Lunatic asylums Central Provinces reports 1895-1909 - 1895-1909
Year: 1895
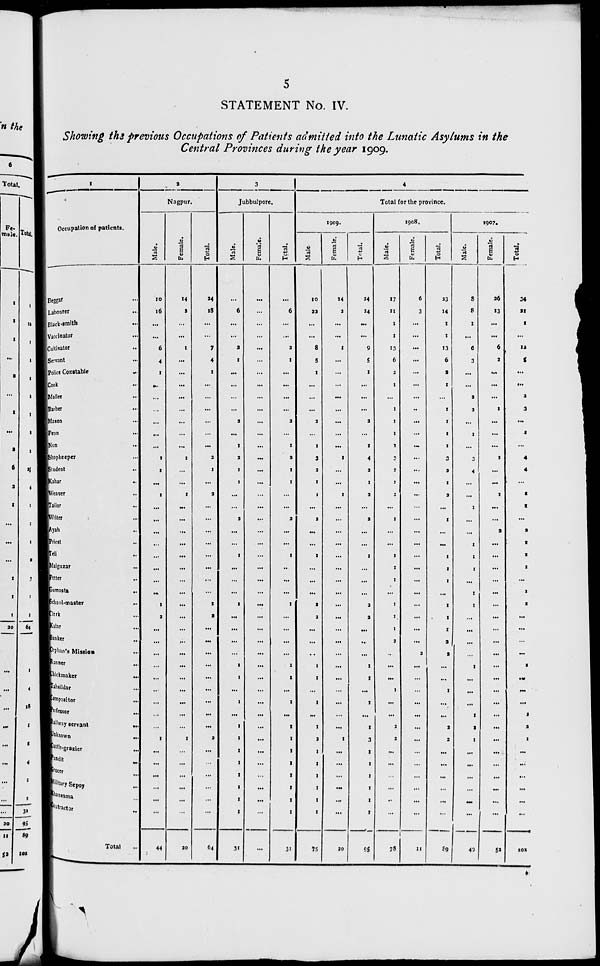
5
STATEMENT No. IV.
Showing the previous Occupations of Patients admitted into the Lunatic Asylums in the
Central Provinces during the year 1909.
1
Occupation of patients.
Beggar ...
Labourer ...
Black-smith ...
Vaccinator ...
Cultivator ...
Servant ...
police Constable
...
Cook ...
Mallee ...
Barber ...
Mason ...
Peon ...
Nun ...
Shopkeeper ...
Student ...
Kahar ...
Weaver ...
Tailor ...
Writer ...
Ayah ...
Priest ...
Teli ...
Maiguzar
...
Potter ...
Gumasta
...
School-master ...
Clerk ...
Kalar ...
Banker ...
Orphan's Mission ...
Runner ...
Chickmaker ...
Tahsildar ...
Compositor ...
Professor ...
Railway servant ...
Unknown ...
Cattle-grazier ...
Pundit
...
Grocer ...
Military Sepoy ...
Khansama ...
Contractor ...
Total ...
2
Nagpur.
Male.
10
16
...
...
6
4
1
...
...
...
...
...
...
1
1
...
1
...
...
...
...
...
...
...
...
1
2
...
...
...
...
...
...
...
...
...
1
...
...
...
...
...
...
44
Female.
14
2
...
...
1
...
...
...
...
...
...
...
...
1
...
...
1
...
...
...
...
...
...
...
...
...
...
...
...
...
...
...
...
...
...
...
1
...
...
...
...
...
...
20
Total.
24
18
...
...
7
4
1
...
...
...
...
...
...
2
1
...
2
...
...
...
...
...
...
...
...
1
2
...
...
...
...
...
...
...
...
...
2
...
...
...
...
...
...
64
3
Jubbulpore.
Male.
...
6
...
...
2
1
...
...
...
...
2
...
1
2
1
1
...
...
2
...
...
1
...
...
...
1
...
...
...
...
1
1
...
1
...
1
1
1
1
1
1
1
1
31
Female.
...
...
...
...
...
...
...
...
...
...
...
...
...
...
...
...
...
...
...
...
...
...
...
...
...
...
...
...
...
...
...
...
...
...
...
...
...
...
...
...
...
...
...
...
Total.
...
6
...
...
2
1
...
...
...
...
2
...
1
2
1
1
...
...
2
...
...
1
..
...
...
1
...
...
...
...
1
1
...
1
...
1
1
1
1
1
1
1
1
31
4
Total for the province.
1909.
Male.
10
22
...
...
8
5
1
...
...
...
2
...
1
3
2
1
1
...
2
...
...
1
...
...
...
2
2
...
...
...
1
1
...
1
...
1
2
1
1
1
1
1
1
75
Female.
14
2
...
...
1
...
...
...
...
...
...
...
...
1
...
...
1
...
...
...
...
...
...
...
...
...
...
...
...
...
...
...
...
...
...
...
1
...
...
...
...
...
...
20
Total.
24
24
...
...
9
5
1
...
...
...
2
...
1
4
2
1
2
...
2
...
...
1
...
...
...
2
2
...
...
...
1
1
...
1
...
1
3
1
1
1
1
1
1
95
1908.
Male.
17
11
1
1
13
6
2
1
...
1
1
1
1
3
2
1
2
...
1
...
...
1
1
1
...
1
1
1
2
..
...
...
1
...
...
2
2
...
...
...
...
...
...
78
Female.
6
3
...
...
...
...
...
...
...
...
...
...
...
...
...
...
...
...
...
...
...
...
...
...
...
...
...
...
...
2
...
...
...
...
...
...
...
...
...
...
...
...
...
11
Total.
23
14
1
1
13
6
2
1
...
1
1
1
1
3
2
1
2
...
1
...
...
1
1
1
...
1
1
1
2
2
...
...
1
...
...
2
2
...
...
...
...
...
...
89
1907.
Male.
8
8
1
...
6
3
...
...
2
2
...
1
...
3
4
...
...
1
...
...
1
1
1
...
1
1
...
...
...
...
1
...
...
...
1
2
1
...
...
...
...
...
...
49
Female.
26
13
...
...
6
2
...
...
...
1
...
...
...
1
...
...
1
...
...
2
...
...
...
...
...
...
...
...
...
...
...
...
...
...
...
...
...
...
...
...
...
...
...
52
Total.
34
21
1
...
12
5
...
...
2
3
...
1
...
4
4
...
1
1
...
2
1
1
1
...
1
1
...
...
...
...
1
...
...
...
1
2
1
...
...
...
...
...
...
101